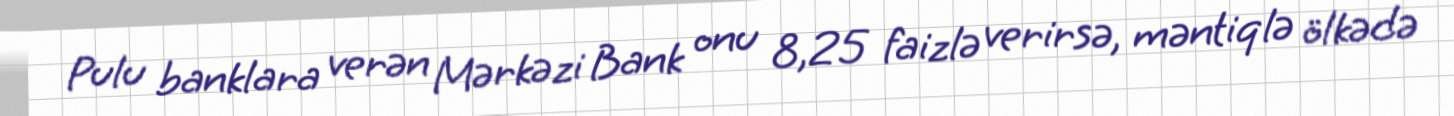
Pulu banklara verən Mərkəzi Bank onu 8,25 faizlə verirsə, məntiqlə ölkədə